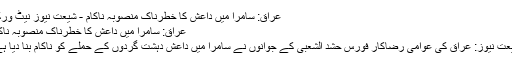
عراق: سامرا میں داعش کا خطرناک منصوبہ ناکام - شیعت نیوز نیٹ ورک
عراق: سامرا میں داعش کا خطرناک منصوبہ ناکام
شیعت نیوز: عراق کی عوامی رضاکار فورس حشد الشعبی کے جوانوں نے سامرا میں داعش دہشت گردوں کے حملے کو ناکام بنا دیا ہے۔